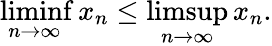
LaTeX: \operatorname*{liminf}_{n\to\infty}x_{n}\leq\operatorname*{limsup}_{n\to\infty}x_{n}.